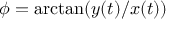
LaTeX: \phi = \arctan ( y ( t ) / x ( t ) )